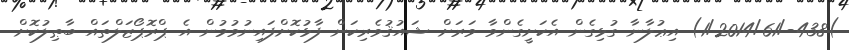
)438-/1/2014/61) އިޢުލާނާ ގުޅިގެން އެކަށީގެންވާ ވަރަށް ޝައުޤުވެރިކަން ފާޅުކޮށްފައިނުވުމުން އެ ޕްރޮޕޯޒަލްތައް ބާޠިލުކޮށް